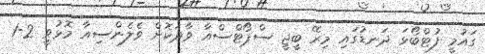
ގައުމީ ފުޓްބޯޅަ ދަނޑުގައި މިރޭ ބީޖީ ސްޕޯޓްސްއާ ވާދަކޮށް ވެލެންސިއާ މޮޅުވީ 2-1